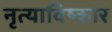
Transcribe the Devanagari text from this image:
नृत्याविष्कार